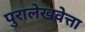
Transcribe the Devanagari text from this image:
पुरालेखवेत्ता